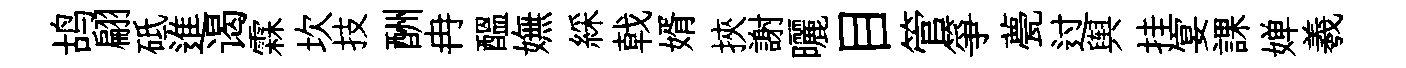
鸪翩砥進谒霖坎技酬冉醖嫵綵戟婿挾謝曬目管箏甍过舆挂宴課婵羲